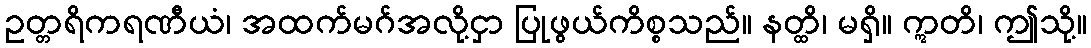
ဥတ္တရိကရဏီယံ၊ အထက်မဂ်အလို့ငှာ ပြုဖွယ်ကိစ္စသည်။ နတ္ထိ၊ မရှိ။ ဣတိ၊ ဤသို့။